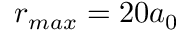
r _ { m a x } = 2 0 a _ { 0 }